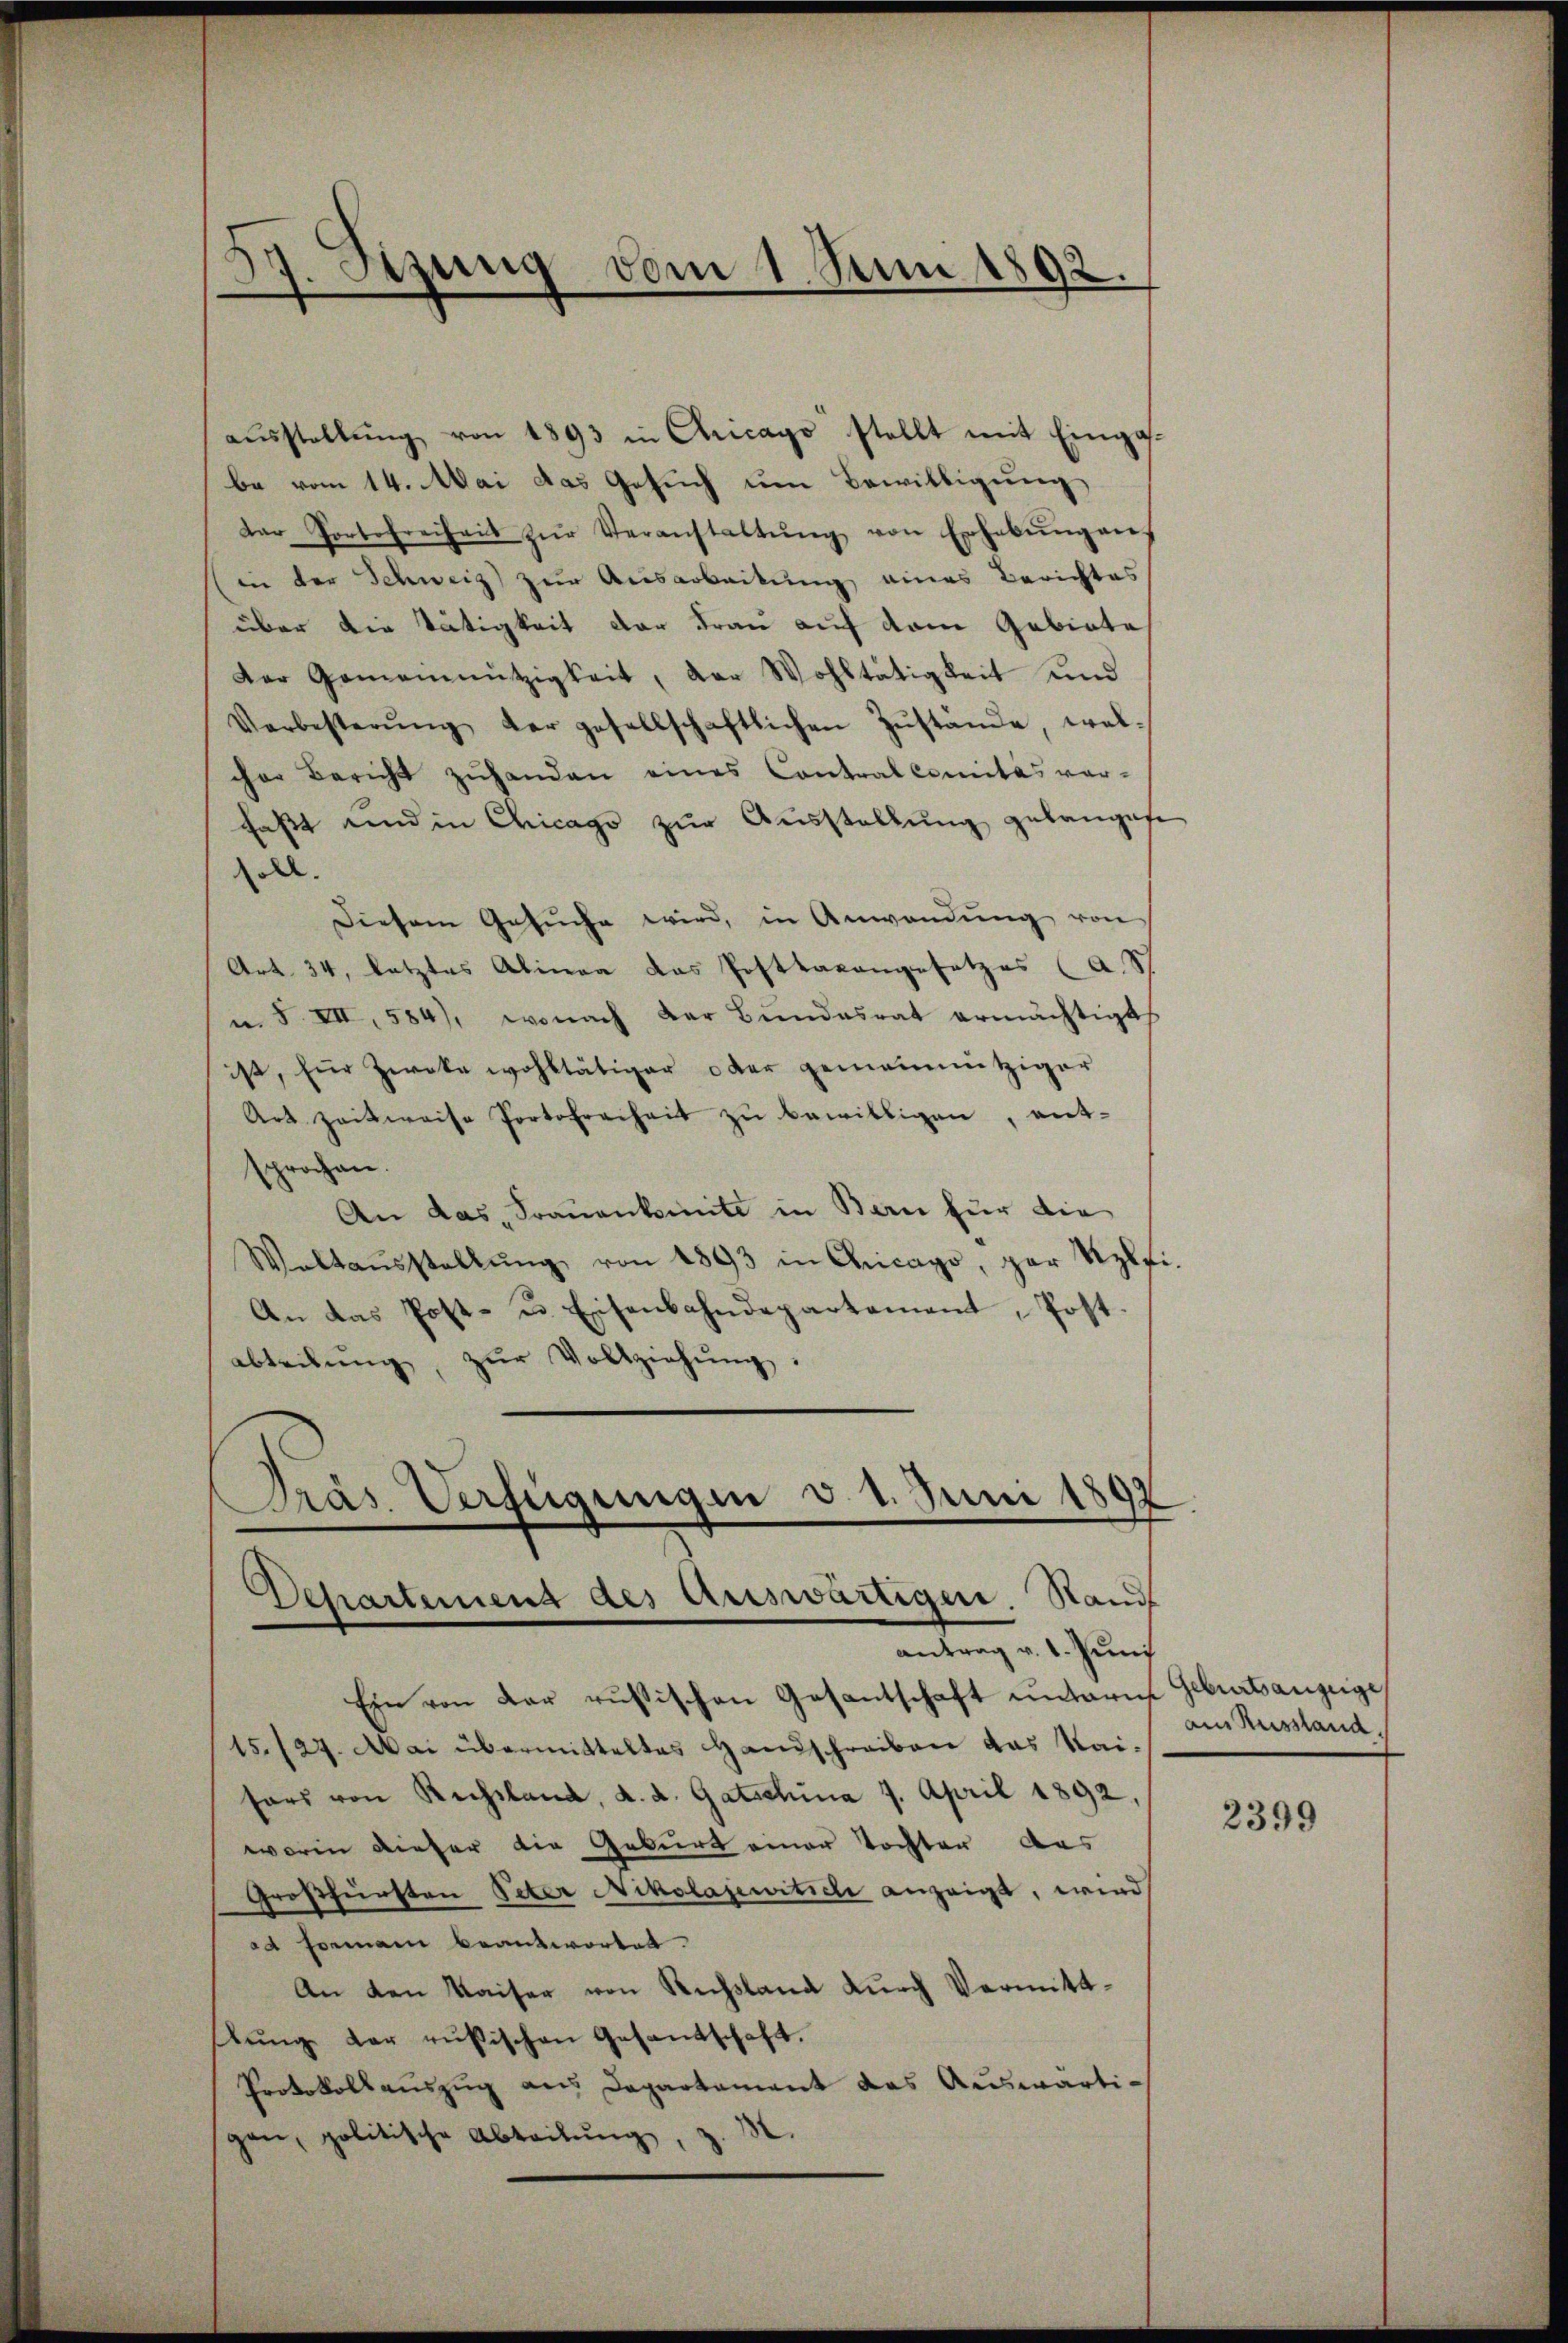
aŭsstellŭng von 1893 in Chicago stellt mit Eingas-
be vom 14. Mai das Gesuch um Bewilligung
Dar Portofreiheit zŭr Veranstaltŭng von Erhebŭngen.
(in der Schweiz zur Ausarbeitung eines Berichtes
über die Tätigkeit der Frau auf dem Gebiete
Der Gemeinnützigkeit, der Wohltätigkeit und
Verbesterŭng der gesellschaftlichen Zŭstände, wel-
cher Bericht zŭ handen eines Contralcomitas vor-
fasst und in Chicago zŭr Aŭsstellung gelangese
oll.
Diesem Gesuche wird, in Anwendung von
Art. 34, letztes Alinea das Posttaxangesetzes (a. S
i. S. VII, 584), wonach der Bundesrat ermächtigt
ist, für Zwecke wohltätiger oder gemeinnütziger
Art zeitweise Portofreiheit zŭ bewilligen, ent-
sprochen.
An das Frauenkomite in Bern für die
Waltaŭsstellŭng von 1893 in Chicago, par Szlfi¬
An das Post- u. Eisenbahndepartement, Post
abteilŭng, zŭr Vollziehŭng.

d
Sizung vom 1. Juni 1892.

Präs. Verfügungen v. 1. Juni 1892
Departement des Auswärtigen. Stand

antrag v. 1. Juni
Ein von der russischen Gesantschaft unterm Geburtsangege
15./27. Mai übermitteltes Handschreiben das Staisors von Rechsland, d. d. Gatschina 7. April 1892,
worin dieser die Geburt einer Tochter aus
Großfürsten Peter Nikolajewittel anzeigt, wird
ad Formann beantwortet.
An den Kaiser von Russland dŭrch Vermitt-
lŭng der rusischen Gesandschaft.
Protokollauszug aus Departement das Auswärtigen, politische Abteilŭng, 3.

am Russland.

2399